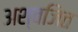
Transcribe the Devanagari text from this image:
अश्वजित